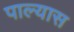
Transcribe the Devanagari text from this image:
पाल्यास